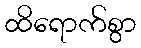
ထိရောက်စွာ